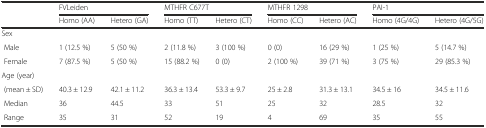
<table><thead><tr><td></td><td colspan="2"><b>FVLeiden</b></td><td colspan="2"><b>MTHFR C677T</b></td><td colspan="2"><b>MTHFR 1298</b></td><td colspan="2"><b>PAI-1</b></td></tr><tr><td></td><td><b>Homo (AA)</b></td><td><b>Hetero (GA)</b></td><td><b>Homo (TT)</b></td><td><b>Hetero (CT)</b></td><td><b>Homo (CC)</b></td><td><b>Hetero (AC)</b></td><td><b>Homo (4G/4G)</b></td><td><b>Hetero (4G/5G)</b></td></tr></thead><tbody><tr><td colspan="9">Sex</td></tr><tr><td> Male</td><td>1 (12.5 %)</td><td>5 (50 %)</td><td>2 (11.8 %)</td><td>3 (100 %)</td><td>0 (0)</td><td>16 (29 %)</td><td>1 (25 %)</td><td>5 (14.7 %)</td></tr><tr><td> Female</td><td>7 (87.5 %)</td><td>5 (50 %)</td><td>15 (88.2 %)</td><td>0 (0)</td><td>2 (100 %)</td><td>39 (71 %)</td><td>3 (75 %)</td><td>29 (85.3 %)</td></tr><tr><td colspan="9">Age (year)</td></tr><tr><td> (mean ± SD)</td><td>40.3 ± 12.9</td><td>42.1 ± 11.2</td><td>36.3 ± 13.4</td><td>53.3 ± 9.7</td><td>25 ± 2.8</td><td>31.3 ± 13.1</td><td>34.5 ± 16</td><td>34.5 ± 11.6</td></tr><tr><td> Median</td><td>36</td><td>44.5</td><td>33</td><td>51</td><td>25</td><td>32</td><td>28.5</td><td>32</td></tr><tr><td> Range</td><td>35</td><td>31</td><td>52</td><td>19</td><td>4</td><td>69</td><td>35</td><td>55</td></tr></tbody></table>